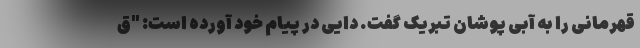
قهرمانی را به آبی پوشان تبریک گفت. دایی در پیام خود آورده است: "ق